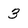
Character: 3